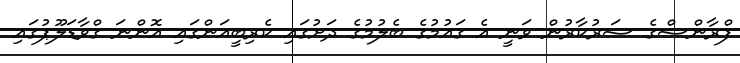
ފްރާންސްގެ ސަރުކާރުން ވަނީ އެ ގައުމުގެ ބެލުމުގެ ދަށުގައި ކެރިބީއަންގައި އޮންނަ ގްވާޑަލޫޕުގައި